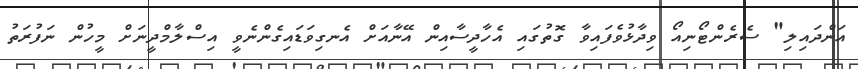
އަންދައިލި" ސެރެންޓޯނިއޯ ވިދާޅުވެފައިވާ ގޮތުގައި އެހާދީސާއިން އޭނާއަށް އެނގިވަޑައިގެންނެވީ އިސްލާމްދީނަށް މީހުން ނަފުރަތު